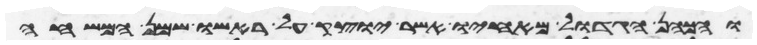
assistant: והכהן הגדול מאחיו אשר יוצק על ראשו שמן המשחה